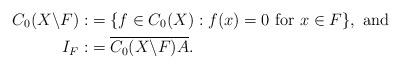
LaTeX: \begin{align*}C_{0}(X\backslash F):&=\{f \in C_{0}(X): f(x)=0 \textrm{~for~}x \in F\}, ~\textrm{and} \\I_{F}:&=\overline{C_{0}(X\backslash F)A}.\end{align*}